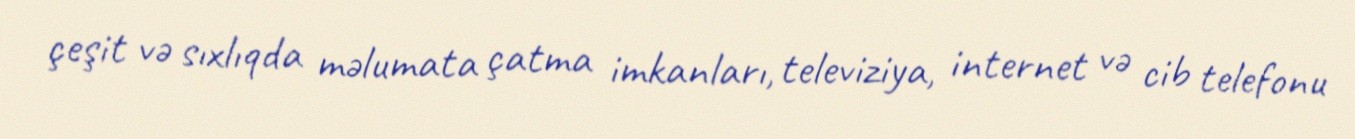
çeşit və sıxlıqda məlumata çatma imkanları, televiziya, internet və cib telefonu